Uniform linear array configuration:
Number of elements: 24
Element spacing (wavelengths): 0.25
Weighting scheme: hann
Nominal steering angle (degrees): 30
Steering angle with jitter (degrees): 29.5
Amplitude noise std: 0.05
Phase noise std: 0.05

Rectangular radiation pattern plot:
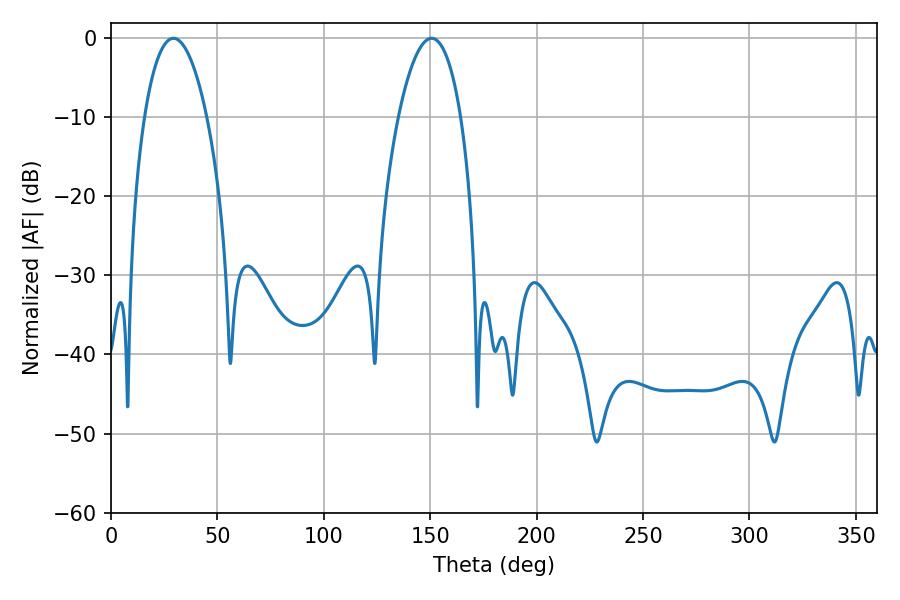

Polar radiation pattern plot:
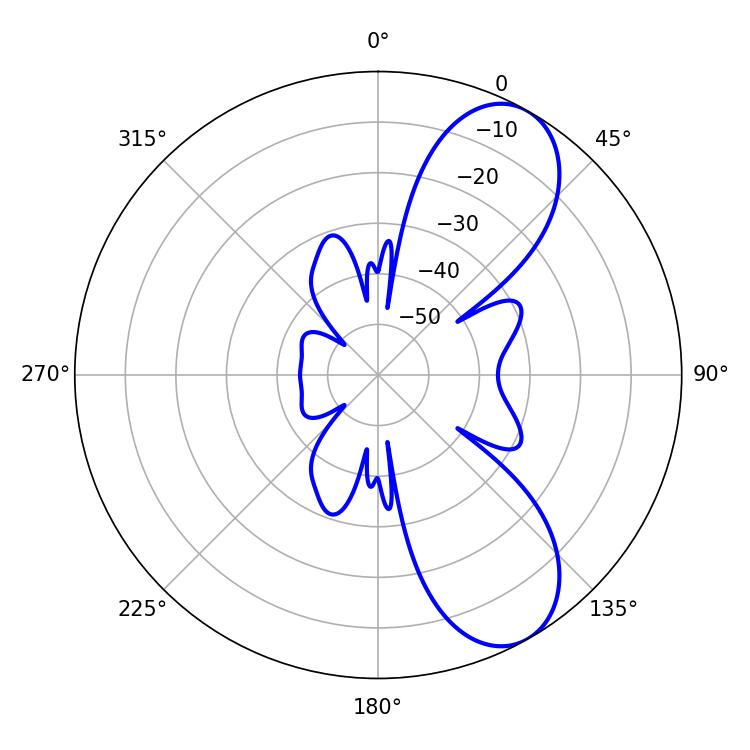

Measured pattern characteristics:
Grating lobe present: FALSE
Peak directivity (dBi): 8.225
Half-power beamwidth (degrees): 16.38
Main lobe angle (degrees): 29.34